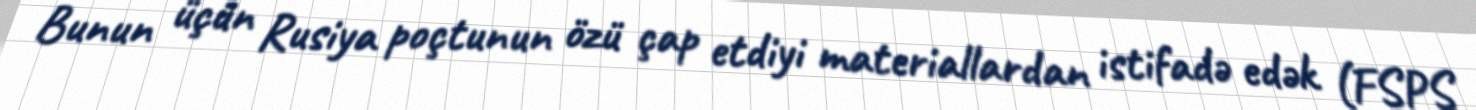
Bunun üçün Rusiya poçtunun özü çap etdiyi materiallardan istifadə edək (FSPS